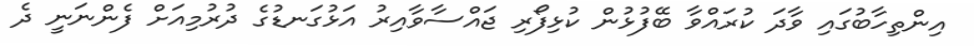
އިންތިހާބުގައި ވާދަ ކުރައްވާ ބޭފުޅުން ކުޅިފޯރި ޖައްސާވާއިރު އަޅުގަނޑުގެ ދުރުމިއަށް ފެންނަނީ ދެ